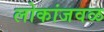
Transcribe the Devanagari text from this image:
लोकांजवळ